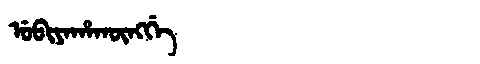
Manchu: ᡠᠪᡳᠶᠠᡥᠠᡴᡡᠩᡤᡝ
Romanization: UBIYAHAKŪNGGE